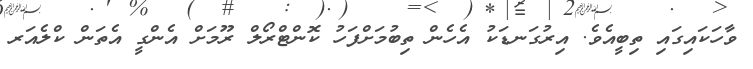
ވާހަކައިގައި ތިބީއެވެ. އިރުގަނޑަކު އެހެން ތިބުމަށްފަހު ކޮންޓްރޯލް ރޫމަށް އެންގީ އެތަން ކްލެއަރ